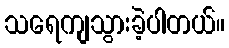
သရေကျသွားခဲ့ပါတယ်။